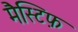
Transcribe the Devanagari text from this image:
मैस्टिफ़